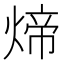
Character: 𬊱